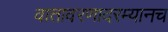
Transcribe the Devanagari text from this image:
वातावरणादरम्यानच